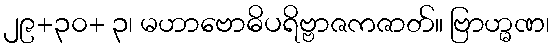
၂၉+၃၀+ ၃၊ မဟာဗောဓိပရိဗ္ဗာဇကဇာတ်။ ဗြာဟ္မဏ၊